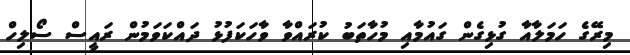
މިރޭގެ ހަމަލާއާ ގުޅިގެން ގައުމާއި މުހާތަބު ކުރައްވާ ވާހަކަފުޅު ދައްކަވަމުން ރައީސް ސޯލިހް